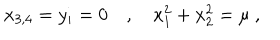
x _ { 3 , 4 } = y _ { i } = 0 \quad , \quad x _ { 1 } ^ { 2 } + x _ { 2 } ^ { 2 } = \mu ~ ,